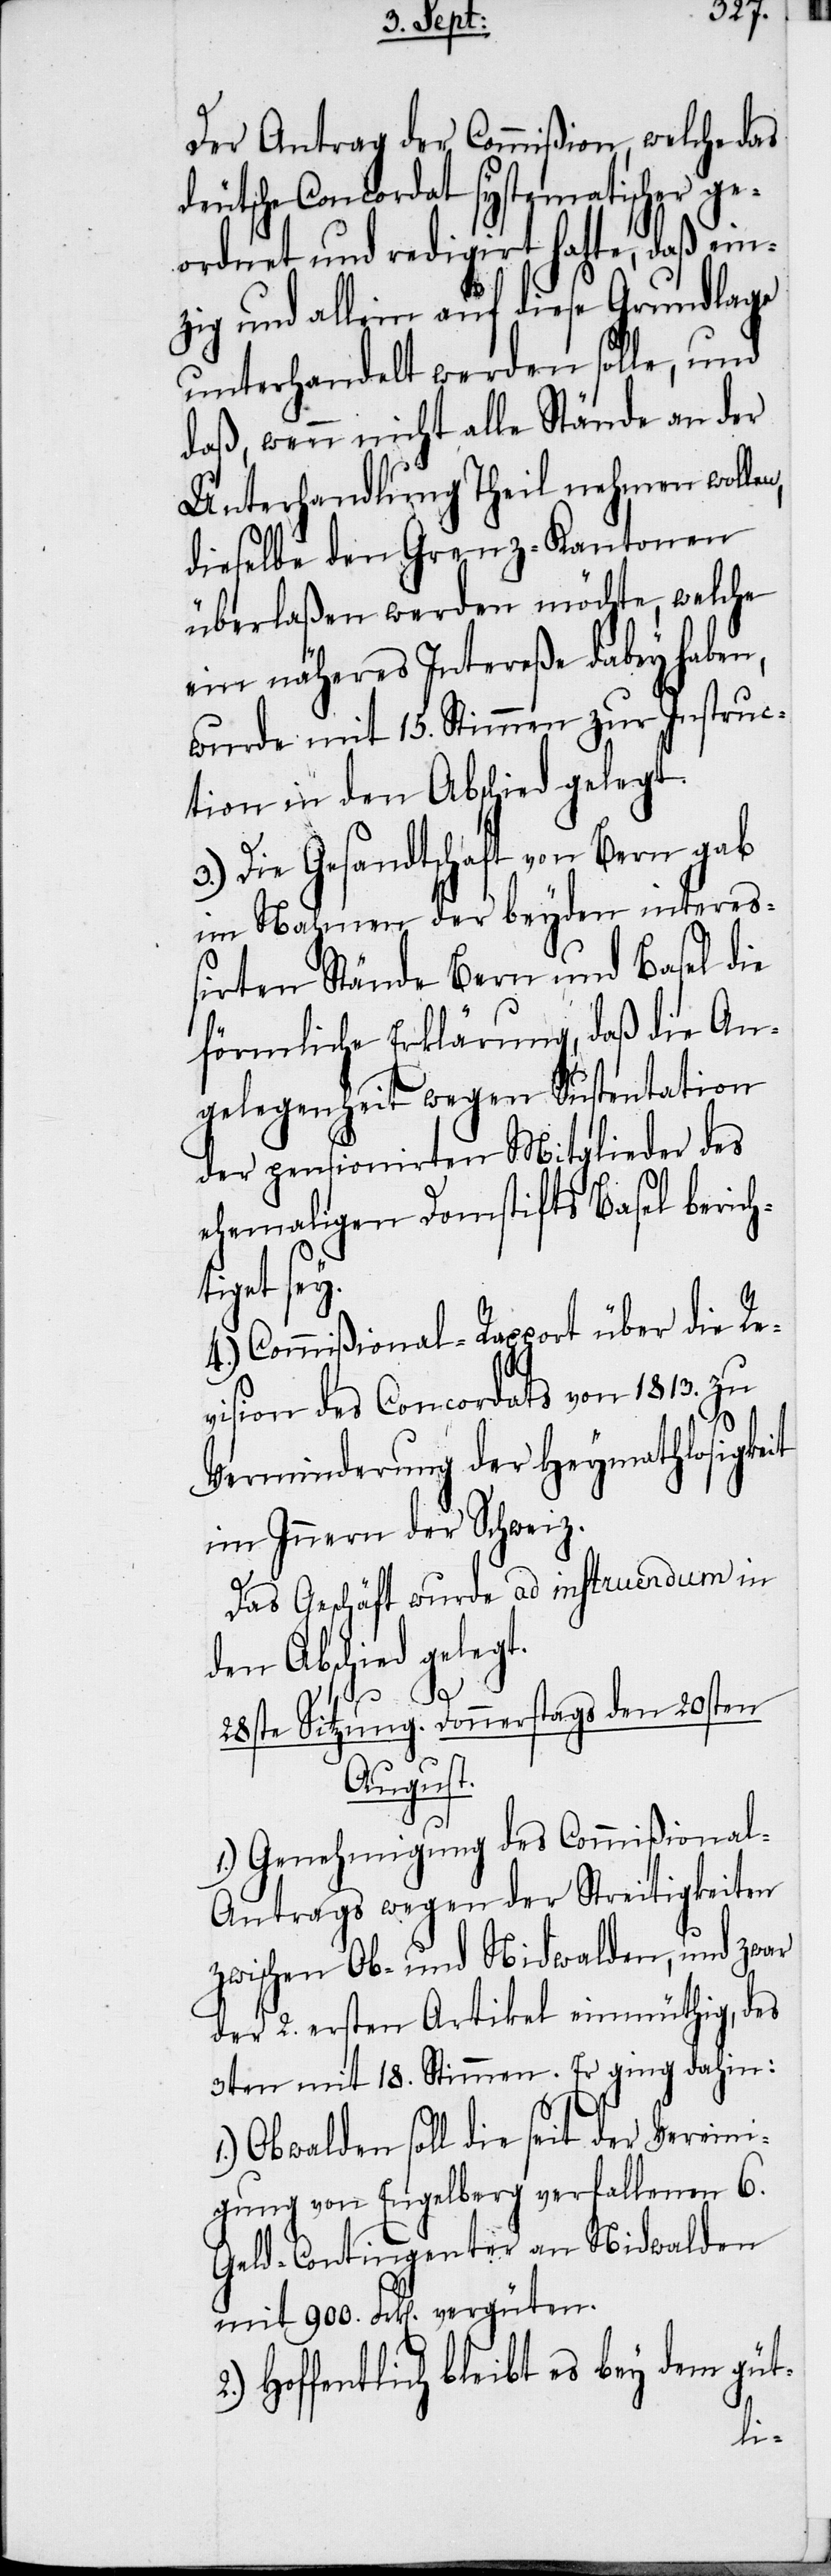
Der Antrag der Commißion, welche das
deutsche Concordat systematischer ge¬
ordnet und redigirt hatte, daß ei¬
zig und allein auf diese Grundlage
unterhandelt werden solle, und
daß, wenn nicht alle Stände an der
Unterhandlung Theil nehmen wollen,
dieselbe den Granz-Kantonen
überlaßen werden möchte, welche
ein näheres Intereße dabey haben,
wurde mit 15. Stimmen zur Instruc¬
tion in den Abschied gelegt.
3.) Die Gesandtschaft von Bern gab
im Nahmen der beyden intereß¬
irten Stände Bern und Basel die
förmliche Erklärung, daß die An¬
gelegenheit wegen Sustentation
der pensionirten Mitglieder des
ehemaligen Domstifts Basel bericht¬
iget sey.
4.) Commißional-Rapport über die Re¬
vision des Concordats von 1813. zu
Verminderung der Heymathlosigkeit
im Innern der Schweiz.
Das Geschäft wurde ad instruendum in
den Abschied gelegt.
28ste Sitzung. Donnerstags den 20sten
August.
1.) Genehmigung des Commißional-A¬
ntrags wegen der Streitigkeiten
zwischen Ob- und Nidwalden, und zwar
der 2. ersten Artikel einmüthig, des
3ten mit 18. Stimmen. Er ging dahin:
Obwalden soll die seit der Vereini¬
gung von Engelberg verfallenen 6.
Geld-Contingenter an Nidwalden
Hoffentlich bleibt es bey dem güt-
n¬